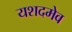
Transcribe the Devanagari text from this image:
यशदमेव